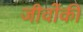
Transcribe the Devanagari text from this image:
जीवोंकी